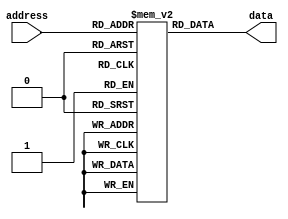
module anti_fuse_rom(
   input [7:0] address,
   output reg [7:0] data
);

reg [7:0] memory [0:255];

initial begin
   // Initialize memory with data
   // Example: memory[0] = 8'b00000000;
end

always @ (address) begin
   // Decoder logic to select memory cell
   data <= memory[address];
end

endmodule